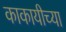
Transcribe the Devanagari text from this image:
काकायीच्या